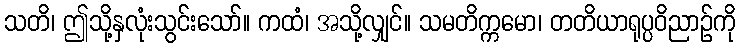
သတိ၊ ဤသို့နှလုံးသွင်းသော်။ ကထံ၊ အသို့လျှင်။ သမတိက္ကမော၊ တတိယာရုပ္ပဝိညာဉ်ကို